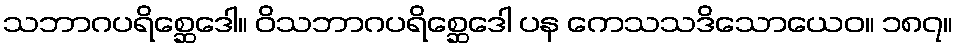
သဘာဂပရိစ္ဆေဒေါ။ ဝိသဘာဂပရိစ္ဆေဒေါ ပန ကေသသဒိသောယေဝ။ ၁၈၇။